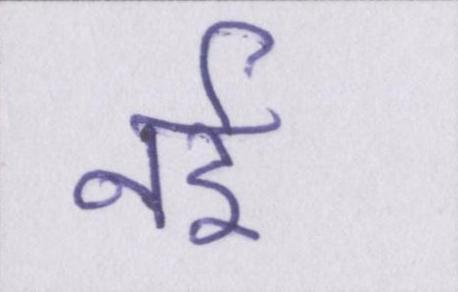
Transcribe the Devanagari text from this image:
नई